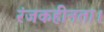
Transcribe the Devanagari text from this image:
रंजकहीनता।